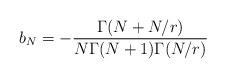
LaTeX: \begin{align*} b_N=- \frac{\Gamma(N+N/r)}{N\Gamma(N+1)\Gamma(N/r)} \end{align*}